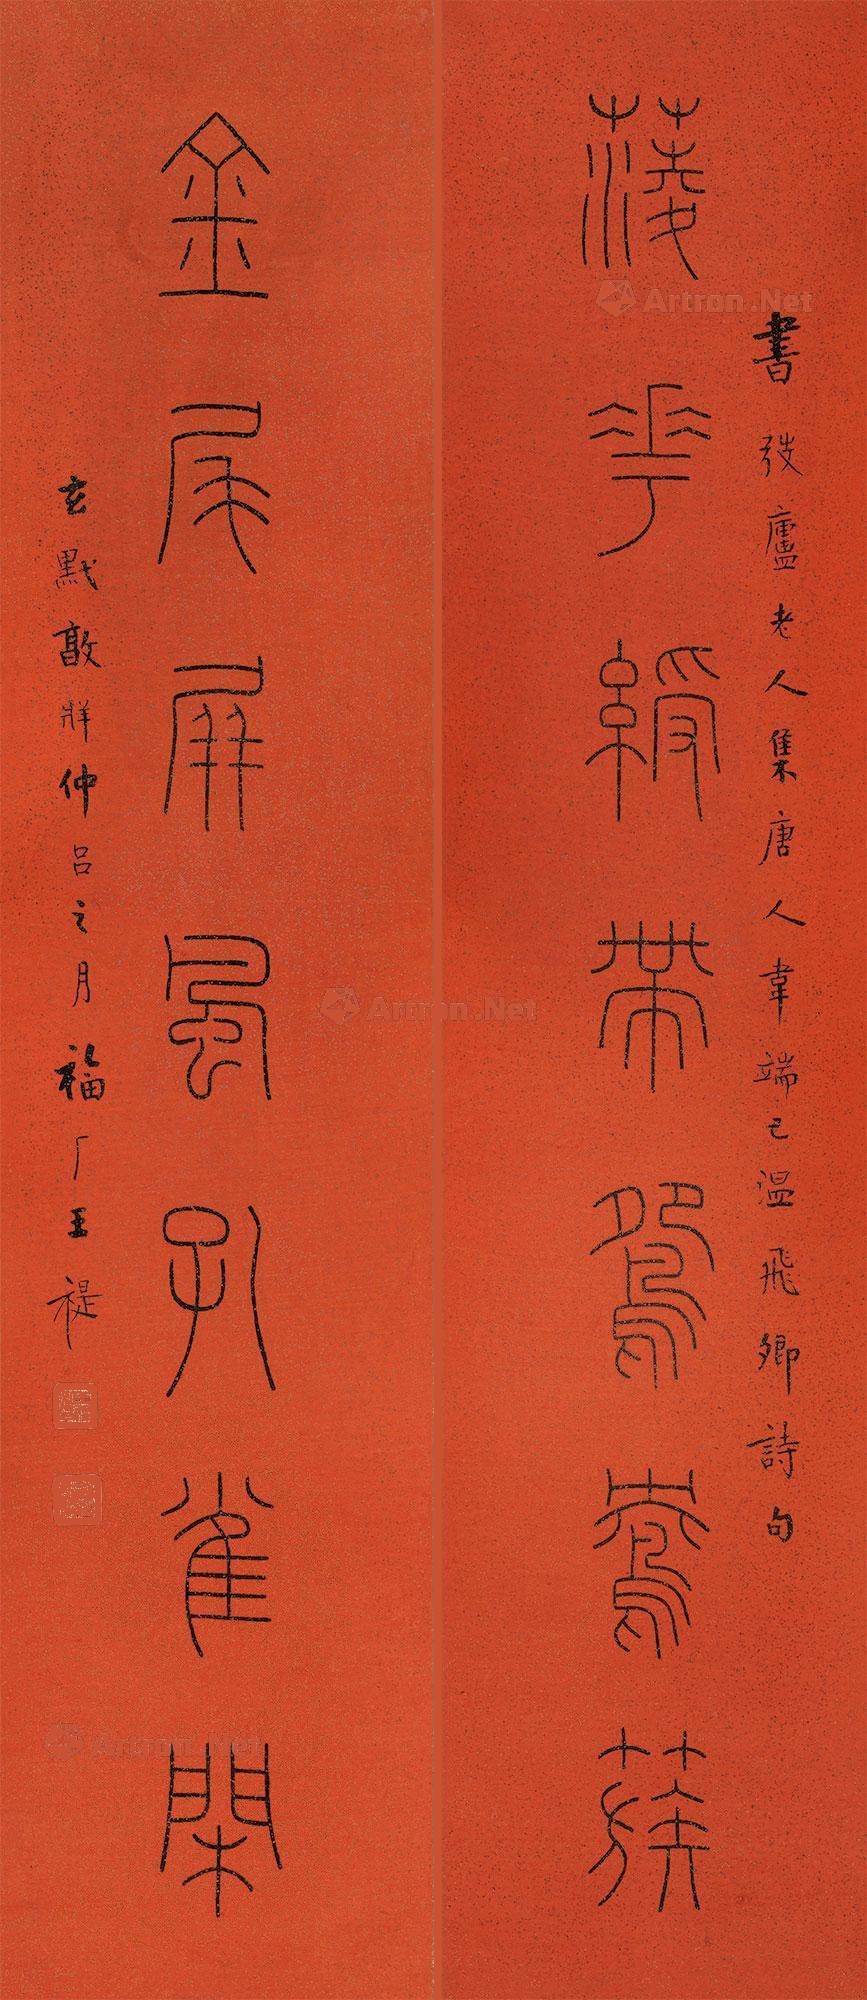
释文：菱花绶带鸳鸯簇，金尾屏风孔雀闲。书弢庐老人集唐人韦端己、温飞卿诗句，玄默敦祥仲吕之月，福厂王禔。